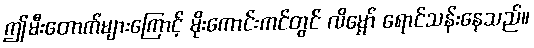
ဤမီးတောက်များကြောင့် မိုးကောင်းကင်တွင် လိမ္မော် ရောင်သန်းနေသည်။